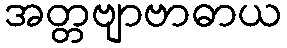
အတ္တဗျာဗာဓာယ